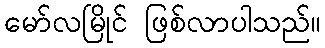
မော်လမြိုင် ဖြစ်လာပါသည်။